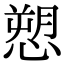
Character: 愬